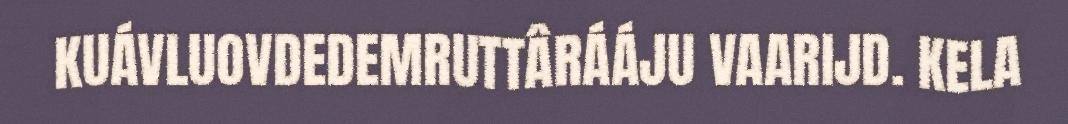
KUÁVLUOVDEDEMRUTTÂRÁÁJU VAARIJD. KELA